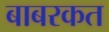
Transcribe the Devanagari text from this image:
बाबरकत